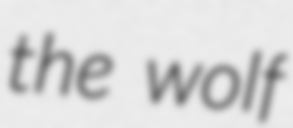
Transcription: the wolf